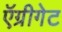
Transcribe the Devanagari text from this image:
ऍग्रीगेट